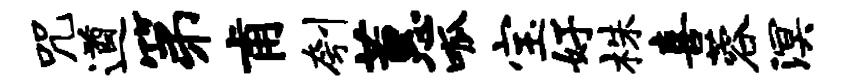
咒遒第甫刳蕙呱宝好株喜蓉溟